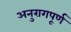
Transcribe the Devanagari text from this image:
अनुरागपूर्ण